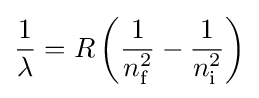
{\frac {1}{\lambda }}=R\left({\frac {1}{n_{\text{f}}^{2}}}-{\frac {1}{n_{\text{i}}^{2}}}\right)